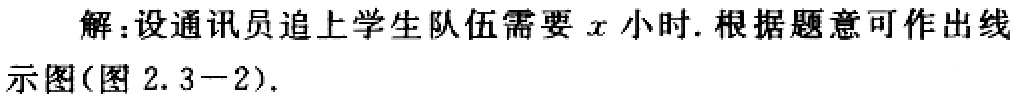
解：设通讯员追上学生队伍需要\(x\)小时. 根据题意可作出线示图(图 2.3−2).